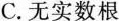
C. 无实数根